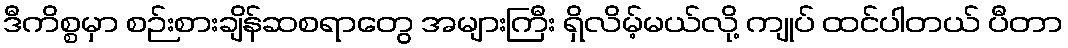
ဒီကိစ္စမှာ စဉ်းစားချိန်ဆစရာတွေ အများကြီး ရှိလိမ့်မယ်လို့ ကျုပ် ထင်ပါတယ် ပီတာ